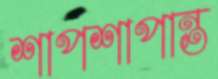
শাপশাপান্ত